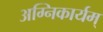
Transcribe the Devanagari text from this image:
अग्निकार्यम्